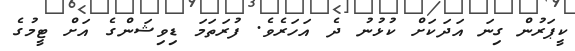
ކީޕަރުން ގިނަ އަދަކަށް ކުޅުނު ދެ އަހަރެވެ. ފުރަތަމަ ޑިވިޝަންގެ އަށް ޓީމުގެ